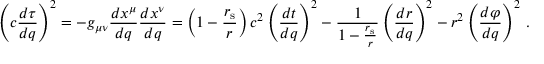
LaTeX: \left( c { \frac { d \tau } { d q } } \right) ^ { 2 } = - g _ { \mu \nu } { \frac { d x ^ { \mu } } { d q } } { \frac { d x ^ { \nu } } { d q } } = \left( 1 - { \frac { r _ { \mathrm { { s } } } } { r } } \right) c ^ { 2 } \left( { \frac { d t } { d q } } \right) ^ { 2 } - { \frac { 1 } { 1 - { \frac { r _ { \mathrm { { s } } } } { r } } } } \left( { \frac { d r } { d q } } \right) ^ { 2 } - r ^ { 2 } \left( { \frac { d \varphi } { d q } } \right) ^ { 2 } \, .